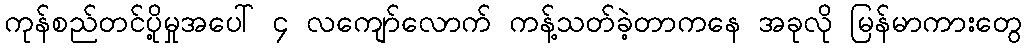
ကုန်စည်တင်ပို့မှုအပေါ် ၄ လကျော်လောက် ကန့်သတ်ခဲ့တာကနေ အခုလို မြန်မာကားတွေ